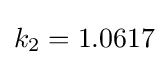
k_{2}=1.0617